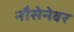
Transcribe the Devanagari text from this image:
नौसेनेवर